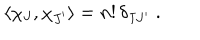
\langle \chi _ { J } , \chi _ { J ^ { \prime } } \rangle = n ! \, \delta _ { J J ^ { \prime } } \; .